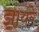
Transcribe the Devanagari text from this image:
झायरे